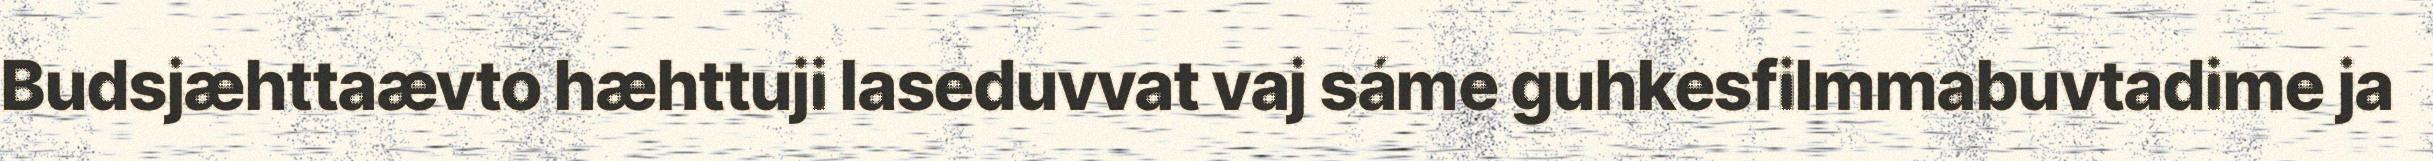
Budsjæhttaævto hæhttuji laseduvvat vaj sáme guhkesfilmmabuvtadime ja